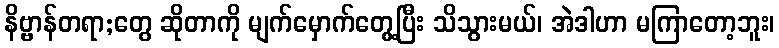
နိဗ္ဗာန်တရာ;တွေ ဆိုတာကို မျက်မှောက်တွေ့ပြီး သိသွားမယ်၊ အဲဒါဟာ မကြာတော့ဘူး၊